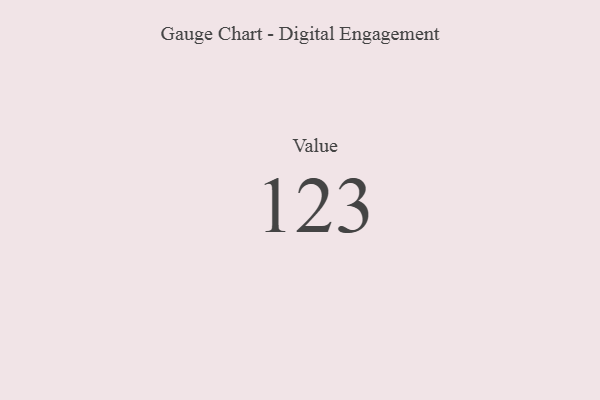
{"axis": {"x": "Metric", "y": "Value"}, "legend": [""], "data": [{"x": "Value", "y": 123, "type": ""}]}